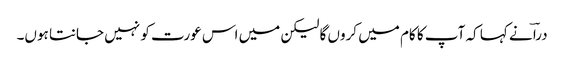
دراؔ نے کہا کہ آپ کا کام میں کروں گا لیکن میں اس عورت کو نہیں جانتا ہوں۔